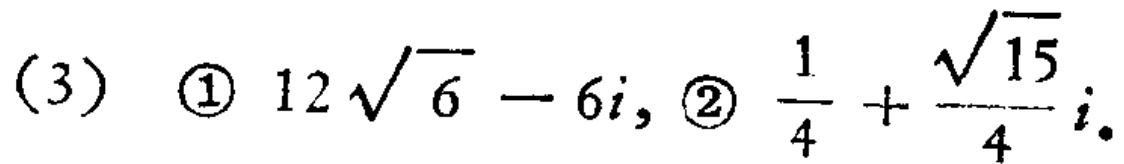
(3) \textcircled{1} \(12\sqrt{6}-6i\), \textcircled{2} \(\frac{1}{4}+\frac{\sqrt{15}}{4}i\).